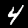
Label: 4